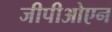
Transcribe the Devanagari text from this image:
जीपीओएन